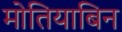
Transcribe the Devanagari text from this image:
मोतियाबिन